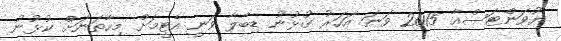
ޔުވަންޓަސްއާ 2015 ވަނަ އަހަރު ގުޅުނު ޑިބާލާ ވަނީ އެޓީމަށް މިހާތަނަށް ކުޅުނު